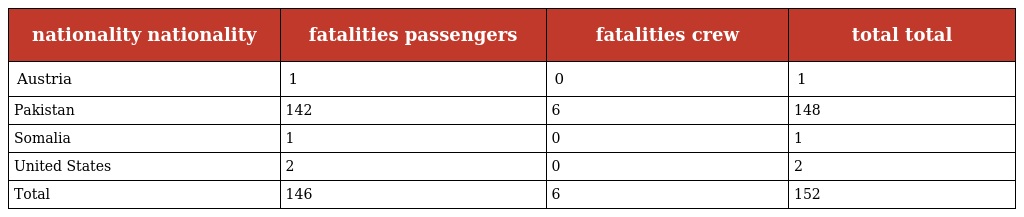
| nationality nationality | fatalities passengers | fatalities crew | total total |
 | --- | --- | --- | --- |
 | Austria | 1 | 0 | 1 |
 | Pakistan | 142 | 6 | 148 |
 | Somalia | 1 | 0 | 1 |
 | United States | 2 | 0 | 2 |
 | Total | 146 | 6 | 152 |